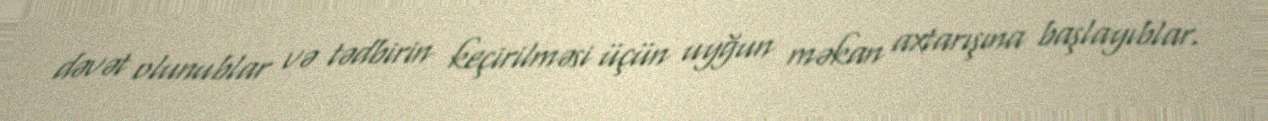
dəvət olunublar və tədbirin keçirilməsi üçün uyğun məkan axtarışına başlayıblar.